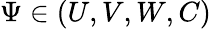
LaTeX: \Psi\in(U,V,W,C)